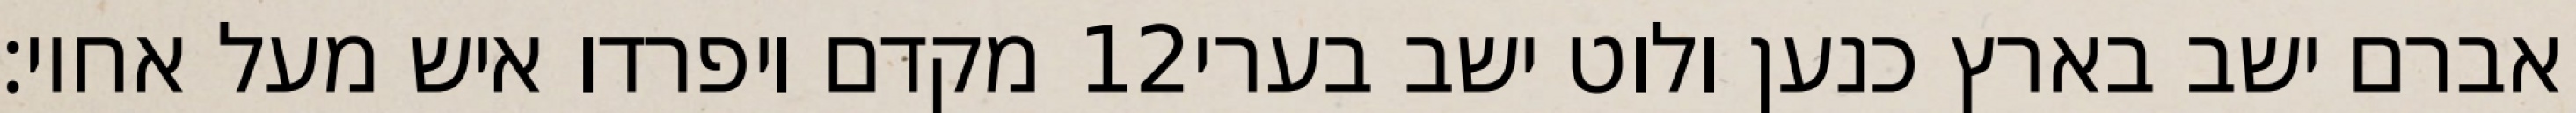
מקדם ויפרדו איש מעל אחיו׃ ‎12‏ אברם ישב בארץ כנען ולוט ישב בערי